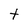
Character: t